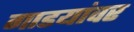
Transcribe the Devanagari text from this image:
गाडयांवर